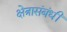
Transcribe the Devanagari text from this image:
क्षेत्रासंबंधीं